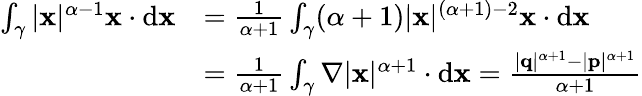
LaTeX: {\begin{array}{rl}{\int_{\gamma}|\mathbf{x}|^{\alpha-1}\mathbf{x}\cdot\mathrm{d}\mathbf{x}}&{={\frac{1}{\alpha+1}}\int_{\gamma}(\alpha+1)|\mathbf{x}|^{(\alpha+1)-2}\mathbf{x}\cdot\mathrm{d}\mathbf{x}}\\ &{={\frac{1}{\alpha+1}}\int_{\gamma}\nabla|\mathbf{x}|^{\alpha+1}\cdot\mathrm{d}\mathbf{x}={\frac{|\mathbf{q}|^{\alpha+1}-|\mathbf{p}|^{\alpha+1}}{\alpha+1}}}\end{array}}